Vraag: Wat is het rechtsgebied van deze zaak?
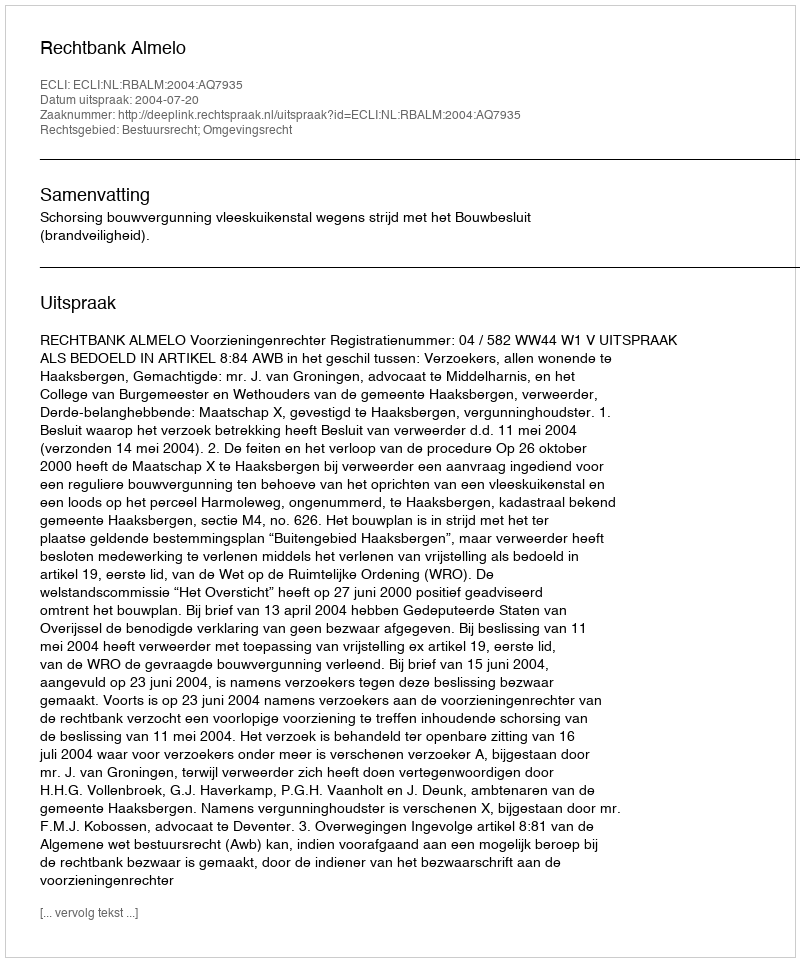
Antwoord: Bestuursrecht; Omgevingsrecht